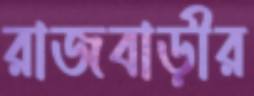
রাজবাড়ীর